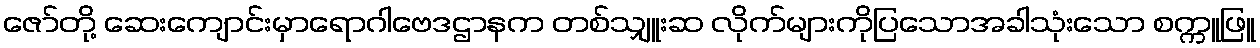
ဇော်တို့ ဆေးကျောင်းမှာရောဂါဗေဒဌာနက တစ်သျှူးဆ လိုက်များကိုပြသောအခါသုံးသော စက္ကူဖြူ